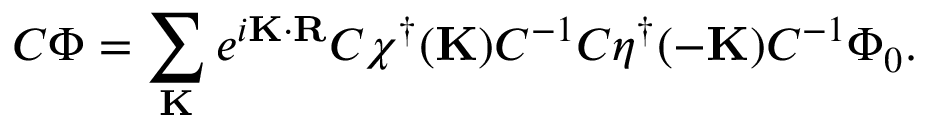
C \Phi = \sum _ { \bf K } e ^ { i { \bf K \cdot R } } C \chi ^ { \dagger } ( { \bf K } ) C ^ { - 1 } C \eta ^ { \dagger } ( { \bf - K } ) C ^ { - 1 } \Phi _ { 0 } .